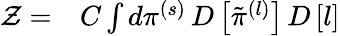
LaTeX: \begin{array}{rl}{\mathcal{Z}=}&{{}C\int d\pi^{(s)}\, D\left[\tilde{\pi}^{(l)}\right]\, D\left[l\right]}\end{array}